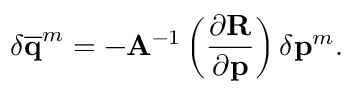
\delta \overline { { \mathbf { q } } } ^ { m } = - \mathbf { A } ^ { - 1 } \left( \frac { \partial \mathbf { R } } { \partial \mathbf { p } } \right) \delta \mathbf { p } ^ { m } .